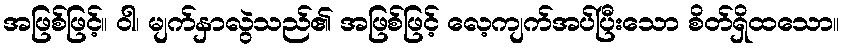
အဖြစ်ဖြင့်။ ဝါ၊ မျက်နှာလွဲသည်၏ အဖြစ်ဖြင့် လေ့ကျက်အပ်ပြီးသော စိတ်ရှိထသော။